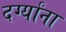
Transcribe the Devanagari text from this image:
दर्ग्यांना